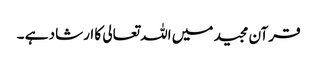
قرآن مجید میں اللہ تعالی کا ارشاد ہے ۔